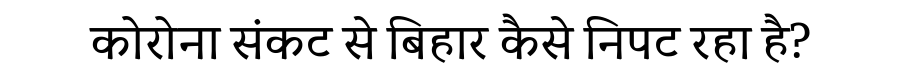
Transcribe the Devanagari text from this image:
कोरोना संकट से बिहार कैसे निपट रहा है?